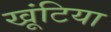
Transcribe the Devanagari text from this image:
खूंटिया